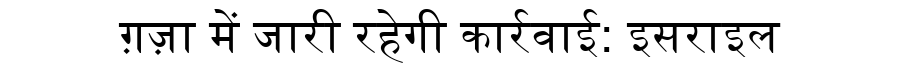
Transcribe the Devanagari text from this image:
ग़ज़ा में जारी रहेगी कार्रवाई: इसराइल